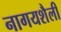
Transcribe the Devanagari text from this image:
नागयशैली